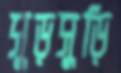
সুড়সুড়ি